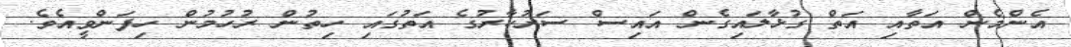
އެންމެން އަތާއި އަތް ގުޅާލައިގެން އައިސް ސަރުކާރުގެ އަތުގައި ހިތުން ރުހުމުން ހިފަންވީއެވެ.